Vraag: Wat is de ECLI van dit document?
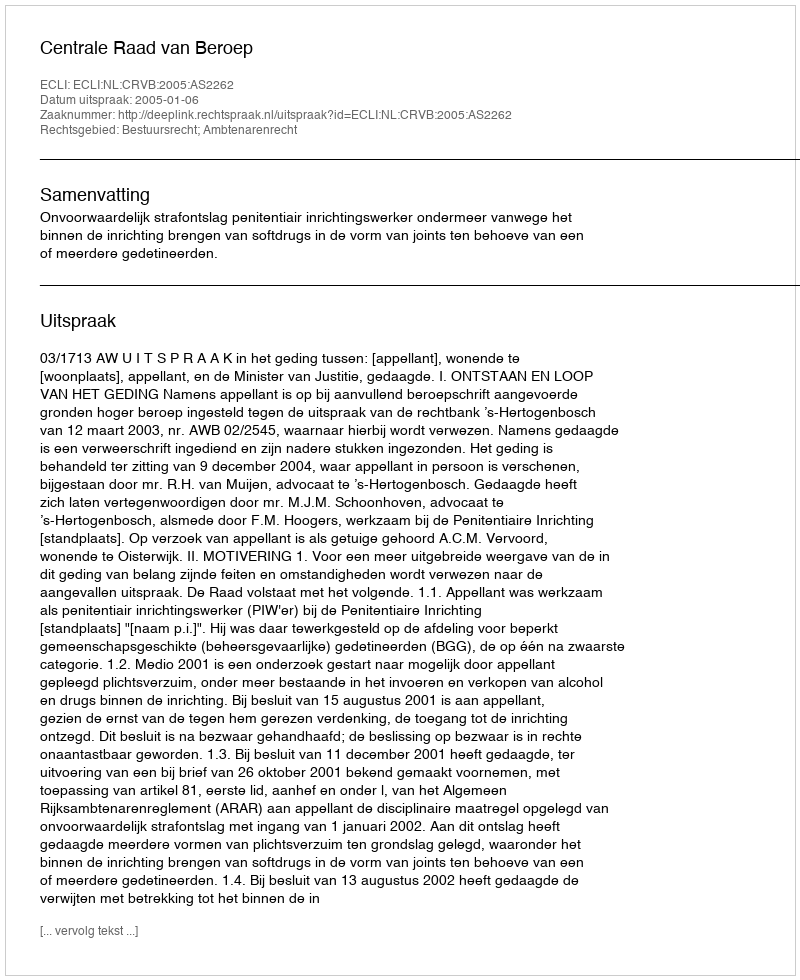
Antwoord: ECLI:NL:CRVB:2005:AS2262